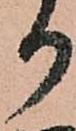
り